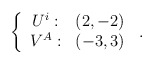
\begin{align*}\left\{\begin{array}{cc}U^i:&(2,-2)\\V^A:&(-3,3)\end{array}\right.\,.\end{align*}